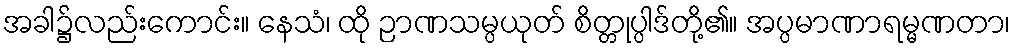
အခါ၌လည်းကောင်း။ နေသံ၊ ထို ဉာဏသမ္ပယုတ် စိတ္တုပ္ပါဒ်တို့၏။ အပ္ပမာဏာရမ္မဏတာ၊